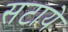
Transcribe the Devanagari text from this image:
सटाये